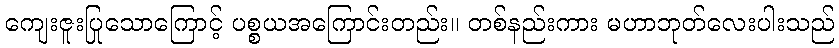
ကျေးဇူးပြုသောကြောင့် ပစ္စယအကြောင်းတည်း။ တစ်နည်းကား မဟာဘုတ်လေးပါးသည်